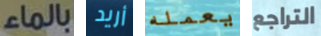
بالماء أريد يعمله التراجع